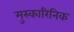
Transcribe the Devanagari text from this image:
मुस्कारिनिक